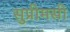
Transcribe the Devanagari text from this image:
सुप्रीमसी